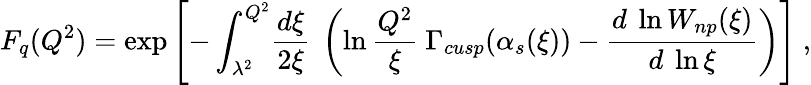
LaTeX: F_{q}(Q^{2})=\exp\left[-\int_{\lambda^{2}}^{Q^{2}}\! {\frac{d\xi}{2\xi}}\ \left(\ln{\frac{Q^{2}}{\xi}}\ \Gamma_{cusp}(\alpha_{s}(\xi))-{\frac{d\ \ln W_{np}(\xi)}{d\ \ln\xi}}\right)\right]\ ,